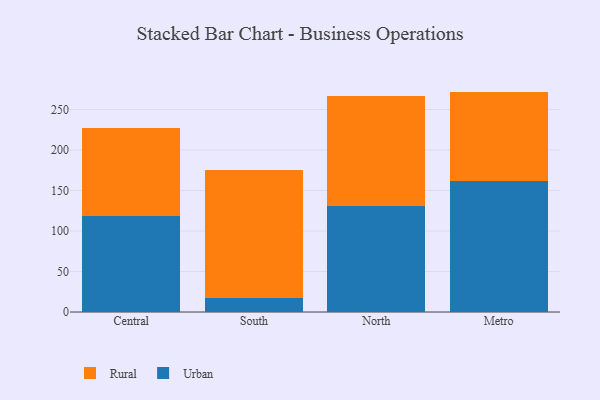
{"axis": {"x": "Region", "y": "Energy Usage (MWh)"}, "legend": ["Rural", "Urban"], "data": [{"x": "Central", "y": 118.1, "type": "Urban"}, {"x": "Central", "y": 108.7, "type": "Rural"}, {"x": "South", "y": 17.0, "type": "Urban"}, {"x": "South", "y": 158.6, "type": "Rural"}, {"x": "North", "y": 130.8, "type": "Urban"}, {"x": "North", "y": 135.5, "type": "Rural"}, {"x": "Metro", "y": 161.3, "type": "Urban"}, {"x": "Metro", "y": 110.8, "type": "Rural"}]}